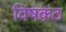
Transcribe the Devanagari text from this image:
विषकंठ